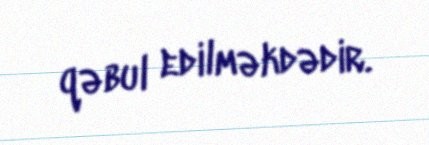
qəbul edilməkdədir.